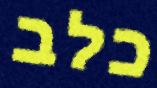
כלב